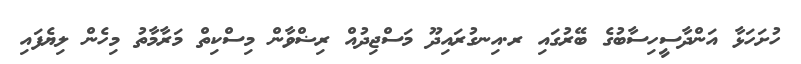
ހުށަހަޅާ އަންދާސީހިސާބުގެ ބޭރުގައި ރ.އިނގުރައިދޫ މަސްޖިދުއް ރިޟްވާން މިސްކިތް މަރާމާތު މިހެން ލިޔެފައި